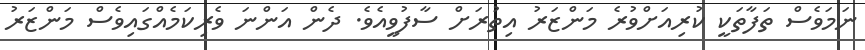
ނަމަވެސް ތަފާތަކީ ކުރިއަށްވުރެ މަންޒަރު އިތުރަށް ސާފުވީއެވެ. ދެން އަންނަ ވެރިކަމެއްގައިވެސް މަންޒަރު